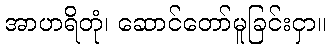
အာဟရိတုံ၊ ဆောင်တော်မူခြင်းငှာ။